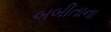
બબીતાના